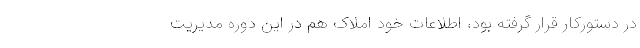
در دستورکار قرار گرفته بود، اطلاعات خود املاک هم در این دوره مدیریت